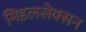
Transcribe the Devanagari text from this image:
मिडलसेक्सन